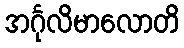
အင်္ဂုလိမာလောတိ